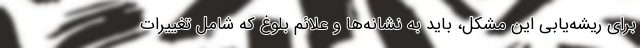
برای ریشه‌یابی این مشکل، باید به نشانه‌ها و علائم بلوغ که شامل تغییرات